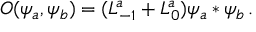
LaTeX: O ( \psi _ { a } , \psi _ { b } ) = ( L _ { - 1 } ^ { a } + L _ { 0 } ^ { a } ) \psi _ { a } * \psi _ { b } \, .